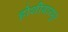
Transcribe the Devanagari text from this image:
होशीयारपुर